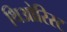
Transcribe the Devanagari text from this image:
थिओरिस्ट